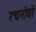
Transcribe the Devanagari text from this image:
रचनोवो